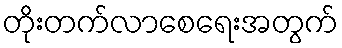
တိုးတက်လာစေရေးအတွက်